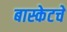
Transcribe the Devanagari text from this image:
बास्केटचे